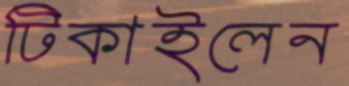
টিকাইলেন